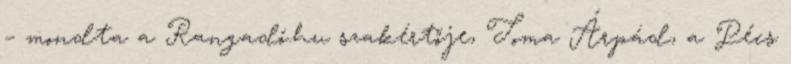
– mondta a Rangadó.hu szakértője, Toma Árpád, a Pécs